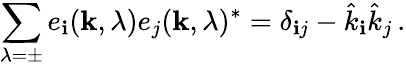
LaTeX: \sum_{\lambda=\pm}e_{\mathbf{i}}({\mathbf{k}},\lambda)e_{j}({\mathbf{k}},\lambda)^{\ast}=\delta_{\mathbf{i}j}-\hat{{k}}_{\mathbf{i}}\hat{{k}}_{j}\, .